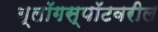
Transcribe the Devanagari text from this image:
ब्लॉगस्पॉटवरील